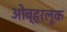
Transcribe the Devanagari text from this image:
ओव्हरलूक